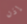
إذن